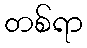
တစ်ရာ